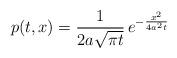
LaTeX: \begin{align*} {p}(t, x) = \frac{1}{2a\sqrt{\pi t}}\, e^{-\frac{x^2}{4a^2t}}\end{align*}